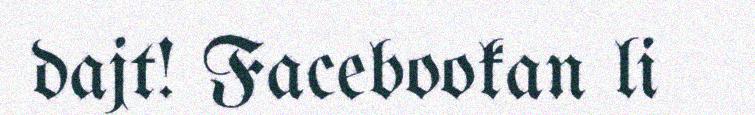
dajt! Facebookan li